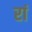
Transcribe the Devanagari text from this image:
रां